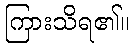
ကြားသိရ၏။